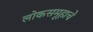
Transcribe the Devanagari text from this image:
लोकसमूहाचे